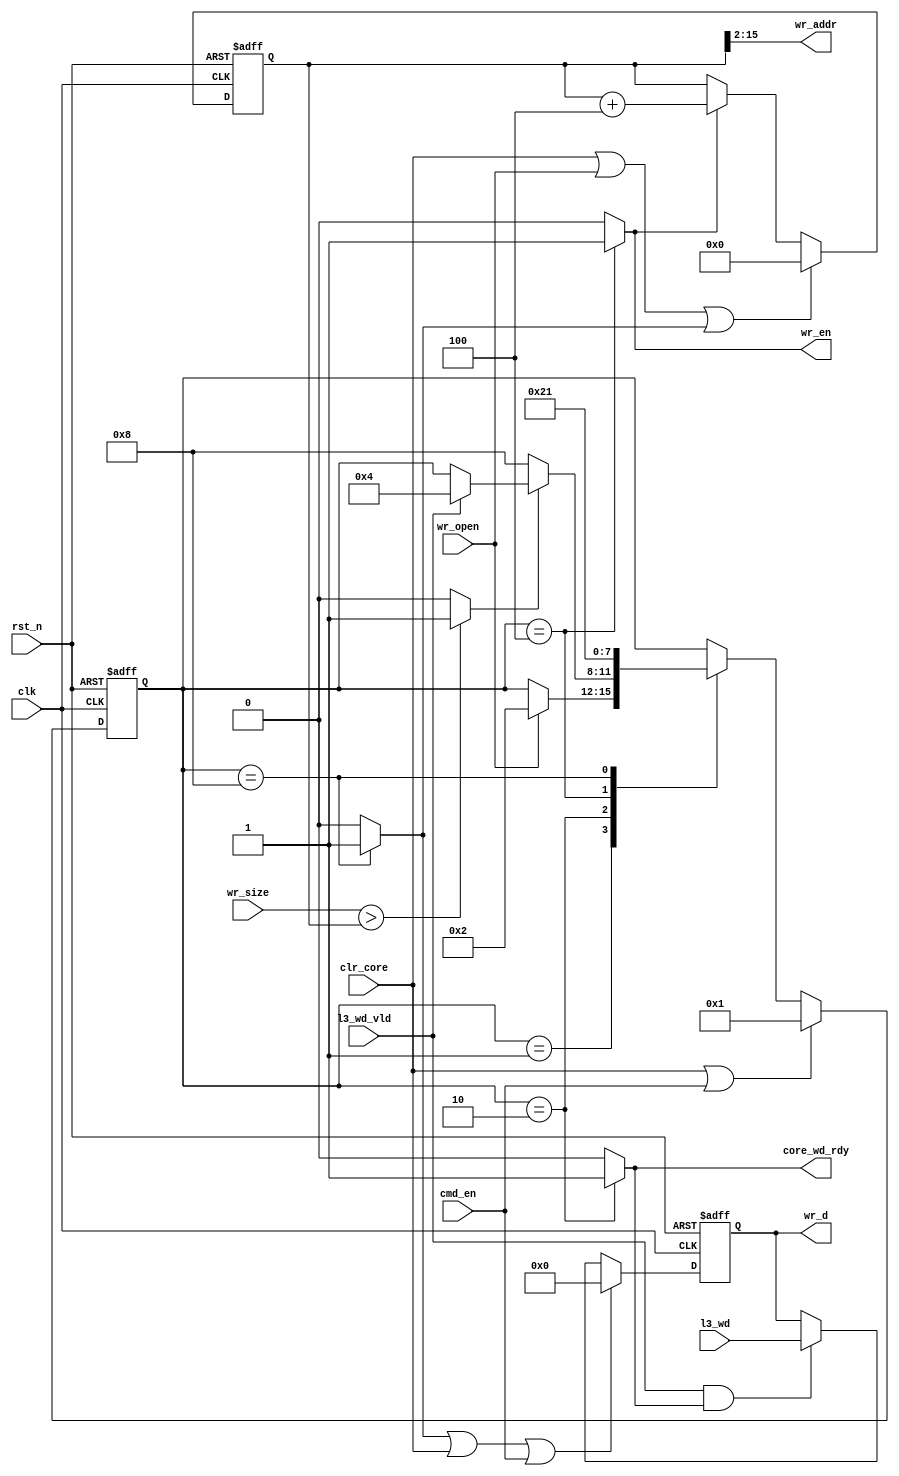
module l3_wr (/*AUTOARG*/
   // Outputs
   core_wd_rdy, wr_d, wr_addr, wr_en,
   // Inputs
   clk, rst_n, clr_core, cmd_en, wr_size, wr_open, l3_wd, l3_wd_vld
   ) ;
   input           clk, rst_n;
   input           clr_core;
   input           cmd_en;
   input  [15:0]   wr_size;
   input           wr_open;

   input [31:0]    l3_wd;
   input           l3_wd_vld;
   output          core_wd_rdy;

   output [31:0]   wr_d;
   output [13:0]   wr_addr;
   output          wr_en;

   reg             core_wd_rdy;
   reg             wr_en;
   reg [31:0]      wr_d;
   wire [13:0]     wr_addr;

   reg             i_clr;
   reg  [15:0]     cntr;
   wire [15:0]     cntr_nxt;
   wire            run;
   assign cntr_nxt = cntr + 16'd4;
   assign run      = (wr_size > cntr) ? 1'b1 : 1'b0;
   assign wr_addr  = cntr[15:2];

   always @ (posedge clk or negedge rst_n) begin
      if(!rst_n) begin
         cntr <= 16'd0;
      end else begin
         if(clr_core | wr_open | i_clr) begin
            cntr <= 16'd0;
         end else if(wr_en) begin
            cntr <= cntr_nxt;
         end
      end
   end


   always @ (posedge clk or negedge rst_n) begin
      if(!rst_n) begin
         wr_d <= 32'd0;
      end else begin
         if(i_clr | clr_core | cmd_en) begin
            wr_d <= 32'd0;
         end else if(l3_wd_vld & core_wd_rdy) begin
            wr_d <= l3_wd;
         end
      end
   end


   localparam IDLE     = 4'b0001;
   localparam RX_DATA  = 4'b0010;
   localparam WR_DATA  = 4'b0100;
   localparam CLEAR    = 4'b1000;

   reg [3:0]       state, state_nxt;

   always @ (posedge clk or negedge rst_n) begin
      if(!rst_n) begin
         state <= IDLE;
      end else begin
         if(clr_core | cmd_en) begin
            state <= IDLE;
         end else begin
            state <= state_nxt;
         end
      end
   end

   always @ (*) begin
      state_nxt    = state;
      core_wd_rdy  = 0;
      wr_en        = 0;
      i_clr        = 0;
      case (state)
        IDLE    : begin
           if(wr_open) begin
              state_nxt = RX_DATA;
           end
        end
        RX_DATA  : begin
           core_wd_rdy  = 1;
           if(!run) begin
              state_nxt = CLEAR;
           end else if(l3_wd_vld)begin
              state_nxt = WR_DATA;
           end
        end
        WR_DATA  : begin
           state_nxt  = RX_DATA;
           wr_en      = 1;
        end
        CLEAR    : begin
           i_clr      = 1;
           state_nxt  = IDLE;
        end
      endcase // case (state)
   end

endmodule // l3_wr